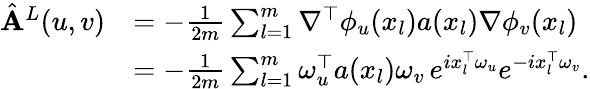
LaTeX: \begin{array}{rl}{\hat{\mathbf{A}}^{L}(u,v)}&{=-\frac{1}{2m}\sum_{l=1}^{m}\nabla^{\top}\phi_{u}(x_{l})a(x_{l})\nabla\phi_{v}(x_{l})}\\ &{=-\frac{1}{2m}\sum_{l=1}^{m}\omega_{u}^{\top}a(x_{l})\omega_{v}\, e^{ix_{l}^{\top}\omega_{u}}e^{-ix_{l}^{\top}\omega_{v}}.}\end{array}